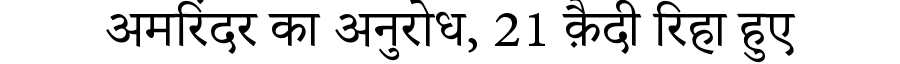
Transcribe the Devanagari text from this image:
अमरिंदर का अनुरोध, 21 क़ैदी रिहा हुए